Calcutta medical institutions reports 1871-78
Year: 1871
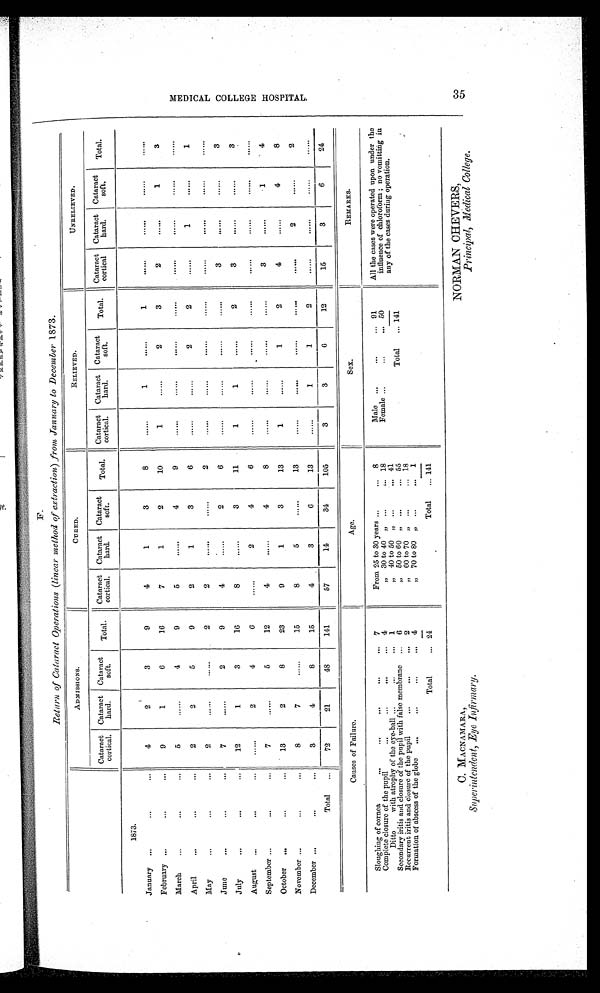
F.
Return of Cataract Operations (linear method of extraction) from January to December 1873.
ADMISSIONS.
CURED.
RELIEVED.
UNRELIEVED.
Cataract
cortical.
Cataract
hard.
Cataract
soft.
Total.
Cataract
cortical.
Cataract
hard.
Cataract
soft.
Total.
Cataract
cortical.
Cataract
hard.
Cataract
soft.
Total. Cataract
cortical
Cataract
hard,
Cataract
soft.
Total.
1873.
January
4
2
3
9
4
1
3
8
. . .
1
. . .
1
. . .
. . .
. . .
. . .
February
9
1
6
16
7
1
2
10
1
. . .
2
3
2
. . .
1
3
March
5
. . .
4
9
5
. . .
4
9
. . .
. . .
. . .
. . .
. . .
. . .
. . .
. . .
April
2
2
5
9
2
1
3
6
. . .
. . .
2
2
. . .
1
. . .
1
May
2
. . .
. . .
2
2
. . .
. . .
2
. . .
. . .
. . . ...
...
...
...
...
June
7
. . .
2
9
4
. . .
2
6
. . .
. . .
. . .
. . .
3
. . .
. . .
3
July
12
1
3
16
8
. . .
3
11
1
1
. . .
2
3
. . .
. . .
3
August
. . .
2
4
6
. . .
2
4
6
. . .
. . .
. . .
. . .
. . .
. . .
. . .
. . .
September
7
. . .
5
12
4
. . .
4
8
. . .
. . .
. . .
. . .
3
. . .
1
4
October
13
2
8
23
9
1
3
13
1
. . .
1
2
4
. . .
4
8
November
8
7
. . .
15
8
5
. . .
13
. . .
. . .
. . .
. . .
. . .
2
. . .
2
December
3
4
8
15
4
3
6
13
. . .
1
1
2
. . .
. . .
. . .
. . .
Total
72
21
48
141
57
14
34
105
3
3
6
12
15
3
6
24
Causes of Failure.
Age.
Sex.
REMARKS.
Sloughing of cornea
...
. . . 7
From 25 to 30 years ...
8
Male
...
91
All the cases were operated upon under the
influence of chloroform ; no vomitting in
any of the cases during operation.
Complete closure of the pupil
...
. . . 4
„ 30 to 40 „ ...
18
Female
... 50
Ditto with atrophy of the eye-ball ...
...
1
,, 40 to 50
. . .
41
Total
1 4 1
Secondary iritis and closure of the pupil with false membrane.
. . .
... 6
,, 50 to 60
. . .
55
Recurrent iritis and closure of the pupil
...
... 2
„ 60 to 70 „ ...
18
Formation of abscess of the globe
...
... 4
,, 70 to 80 „ ...
1
Total
... 24
Total
141
NORMAN CHEVERS,
Principal, Medical College.
C. MACNAMARA,
Superintendent, Eye Infirmary.
M E D I C A L C O L L G E H O S P I T A L . 3 5